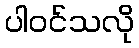
ပါဝင်သလို